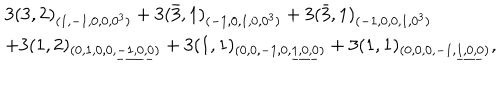
LaTeX: \begin{array} { l } { { 3 ( 3 , 2 ) _ { ( 1 , - 1 , 0 , 0 , 0 ^ { 3 } ) } + 3 ( \bar { 3 } , 1 ) _ { ( - 1 , 0 , 1 , 0 , 0 ^ { 3 } ) } + 3 ( \bar { 3 } , 1 ) _ { ( - 1 , 0 , 0 , 1 , 0 ^ { 3 } ) } } } \\ { { + 3 ( 1 , 2 ) _ { ( 0 , 1 , 0 , 0 , \underline { { { - 1 , 0 , 0 } } } ) } + 3 ( 1 , 1 ) _ { ( 0 , 0 , - 1 , 0 , \underline { { { 1 , 0 , 0 } } } ) } + 3 ( 1 , 1 ) _ { ( 0 , 0 , 0 , - 1 , \underline { { { 1 , 0 , 0 } } } ) } , } } \\ \end{array}